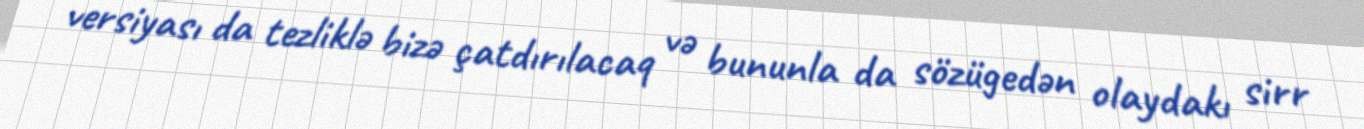
versiyası da tezliklə bizə çatdırılacaq və bununla da sözügedən olaydakı sirr